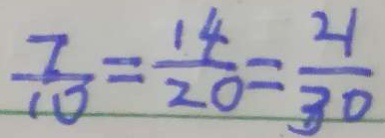
\frac { 7 } { 1 0 } = \frac { 1 4 } { 2 0 } = \frac { 2 1 } { 3 0 }